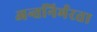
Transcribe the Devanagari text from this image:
अन्तनिर्भरता